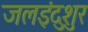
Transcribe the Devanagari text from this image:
जलइंदुशुर